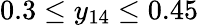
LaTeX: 0.3\leq y_{14}\leq 0.45